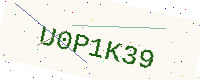
Text: U0P1K39